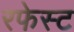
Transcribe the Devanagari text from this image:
रफेस्ट